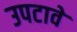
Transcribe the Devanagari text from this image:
उपटावे